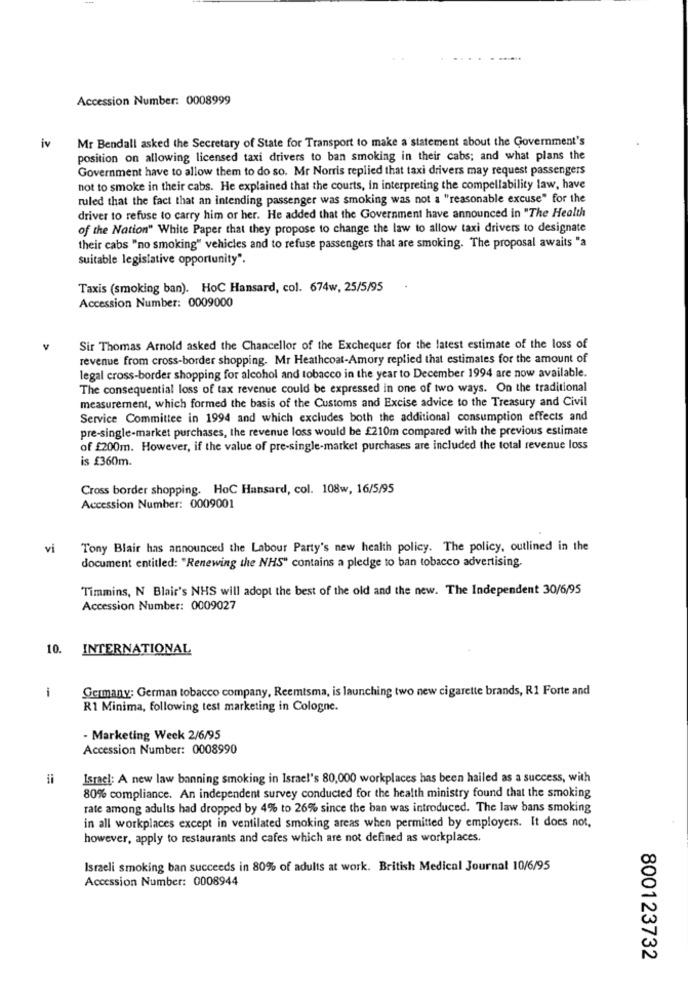
Accession Number: 0008999
Mr Bendall asked the Secretary of State for Transport to make a statement about the Government's
iv
position on allowing licensed taxi drivers to ban smoking in their cabs; and what plans the
Government have to allow them to do so. Mr Norris replied that taxi drivers may request passengers
not to smoke in their cabs. He explained that the courts, in interpreting the compellability law, have
ruled that the fact that an intending passenger was smoking was not a "reasonable excuse" for the
driver to refuse to carry him or her. He added that the Government have announced in "The Health
of the Nation" White Paper that they propose to change the law to allow taxi drivers to designate
their cabs "no smoking" vehicles and to refuse passengers that are smoking. The proposal awaits "a
suitable legislative opportunity".
Taxis (smoking ban). HoC Hansard, col. 674w, 25/5/95
Accession Number: 0009000
Sir Thomas Arnold asked the Chancellor of the Exchequer for the latest estimate of the loss of
revenue from cross-border shopping. Mr Heathcoat-Amory replied that estimates for the amount of
legal cross-border shopping for alcohol and tobacco in the year to December 1994 are now available.
The consequential loss of tax revenue could be expressed in one of two ways. On the traditional
measurement, which formed the basis of the Customs and Excise advice to the Treasury and Civil
Service Committee in 1994 and which excludes both the additional consumption effects and
pre-single-market purchases, the revenue loss would be £210m compared with the previous estimate
of £200m. However, if the value of pre-single-market purchases are included the total revenue loss
is £360m.
Cross border shopping. HoC Hansard, col. 108w, 16/5/95
Accession Number: 0009001
vi
Tony Blair has announced the Labour Party's new health policy. The policy, outlined in the
document entitled: "Renewing the NHS" contains a pledge to ban tobacco advertising.
Timmins, N Blair's NHS will adopt the best of the old and the new. The Independent 30/6/95
Accession Number: 0009027
10.
INTERNATIONAL
Germany: German tobacco company, Reemtsma, is launching two new cigarette brands, R1 Forte and
R1 Minima, following test marketing in Cologne.
- Marketing Week 2/6/95
Accession Number: 0008990
Israel: A new law banning smoking in Israel's 80,000 workplaces has been hailed as a success, with
80% compliance. An independent survey conducted for the health ministry found that the smoking
rate among adults had dropped by 4% to 26% since the ban was introduced. The law bans smoking
in all workplaces except in ventilated smoking areas when permitted by employers. It does not,
however, apply to restaurants and cafes which are not defined as workplaces.
Israeli smoking ban succeeds in 80% of adults at work. British Medical Journal 10/6/95
Accession Number: 0008944
800123732